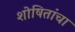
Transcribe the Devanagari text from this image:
शोषितांचा